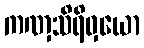
ကဏှသိရိဝှယော